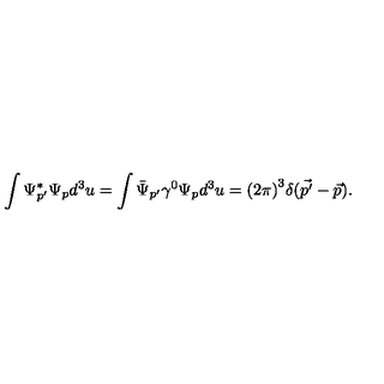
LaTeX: \int \Psi _ { p ^ { \prime } } ^ { * } \Psi _ { p } d ^ { 3 } u = \int { \bar { \Psi } } _ { p ^ { \prime } } \gamma ^ { 0 } \Psi _ { p } d ^ { 3 } u = { ( 2 \pi ) } ^ { 3 } \delta ( \vec { p ^ { \prime } } - \vec { p } ) .